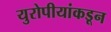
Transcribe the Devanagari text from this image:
युरोपीयांकडून